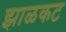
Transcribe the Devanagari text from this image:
झाळकट